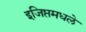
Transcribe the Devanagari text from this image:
इजिप्तमधले